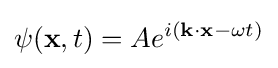
\psi (\mathbf {x} ,t)=Ae^{i(\mathbf {k} \cdot \mathbf {x} -\omega t)}